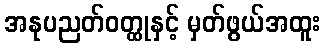
အနုပညတ်ဝတ္ထုနှင့် မှတ်ဖွယ်အထူး